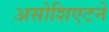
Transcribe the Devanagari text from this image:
असोशिएटने